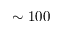
\sim 1 0 0